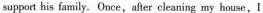
support his family.Once,after cleaning my house,I